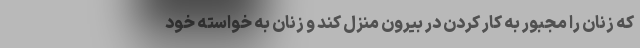
که زنان را مجبور به کار کردن در بیرون منزل کند و زنان به خواسته خود